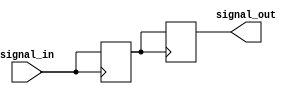
module Transmission_Gate_Delay (
    input wire signal_in,
    output wire signal_out
    );

    // Define transmission gate delay parameters
    parameter DELAY = 10; // Delay in time units

    // Declare internal signals
    reg internal_signal;

    // Implement transmission gate delay logic
    always @(posedge signal_in)
        begin
            #DELAY; // Delay signal_in by specified amount
            internal_signal <= signal_in;
        end

    // Synchronize delayed signal for output
    always @(posedge internal_signal)
        begin
            signal_out <= internal_signal;
        end

endmodule